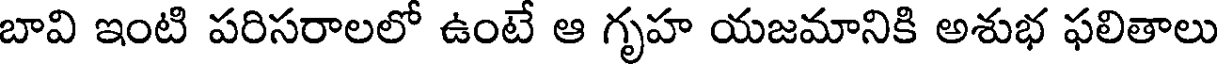
బావి ఇంటి పరిసరాలలో ఉంటే ఆ గృహ యజమానికి అశుభ ఫలితాలు